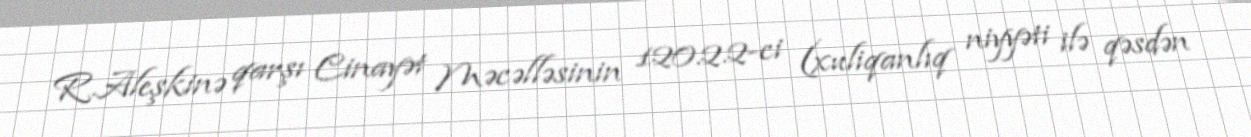
R.Aleşkinə qarşı Cinayət Məcəlləsinin 120.2.2-ci (xuliqanlıq niyyəti ilə qəsdən